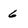
Character: 6